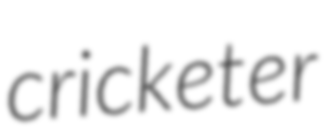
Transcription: cricketer